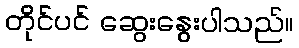
တိုင်ပင် ဆွေးနွေးပါသည်။